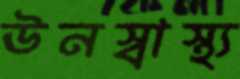
ঊনস্বাস্থ্য